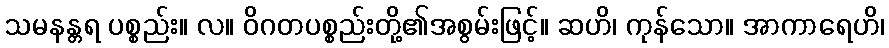
သမနန္တရ ပစ္စည်း။ လ။ ဝိဂတပစ္စည်းတို့၏အစွမ်းဖြင့်။ ဆဟိ၊ ကုန်သော။ အာကာရေဟိ၊